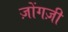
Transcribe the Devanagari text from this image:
ज़ोंगज़ी